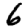
Digit: 6